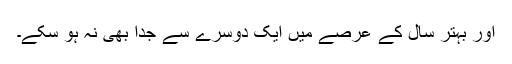
اور بہتر سال کے عرصے میں ایک دوسرے سے جدا بھی نہ ہو سکے۔